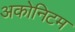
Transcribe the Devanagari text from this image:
अकोनिटम